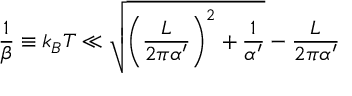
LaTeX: \frac { 1 } { \beta } \equiv k _ { B } T \ll \sqrt { \left( \frac { L } { 2 \pi \alpha ^ { \prime } } \right) ^ { 2 } + \frac { 1 } { \alpha ^ { \prime } } } - \frac { L } { 2 \pi \alpha ^ { \prime } }